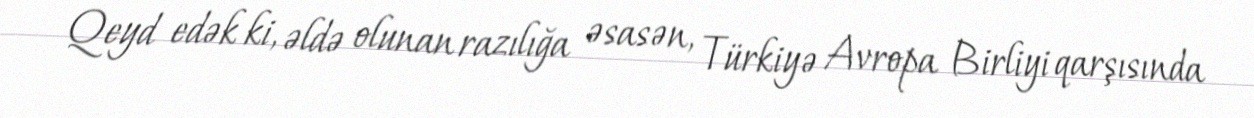
Qeyd edək ki, əldə olunan razılığa əsasən, Türkiyə Avropa Birliyi qarşısında